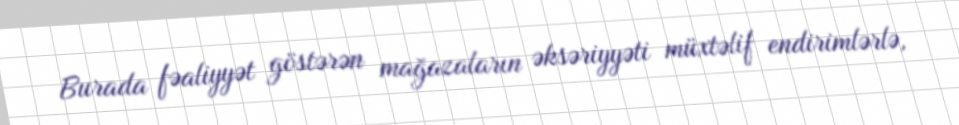
Burada fəaliyyət göstərən mağazaların əksəriyyəti müxtəlif endirimlərlə,